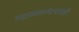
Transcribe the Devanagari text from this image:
महाव्यवस्थापकही